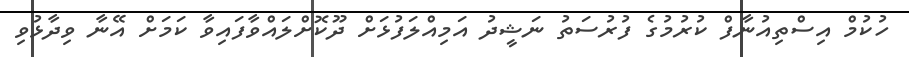
ހުކުމް އިސްތިއުނާފް ކުރުމުގެ ފުރުސަތު ނަޝީދު އަމިއްލަފުޅަށް ދޫކޮށްލައްވާފައިވާ ކަމަށް އޭނާ ވިދާޅުވި